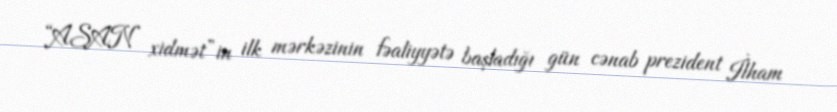
“ASAN xidmət”in ilk mərkəzinin fəaliyyətə başladığı gün cənab prezident İlham